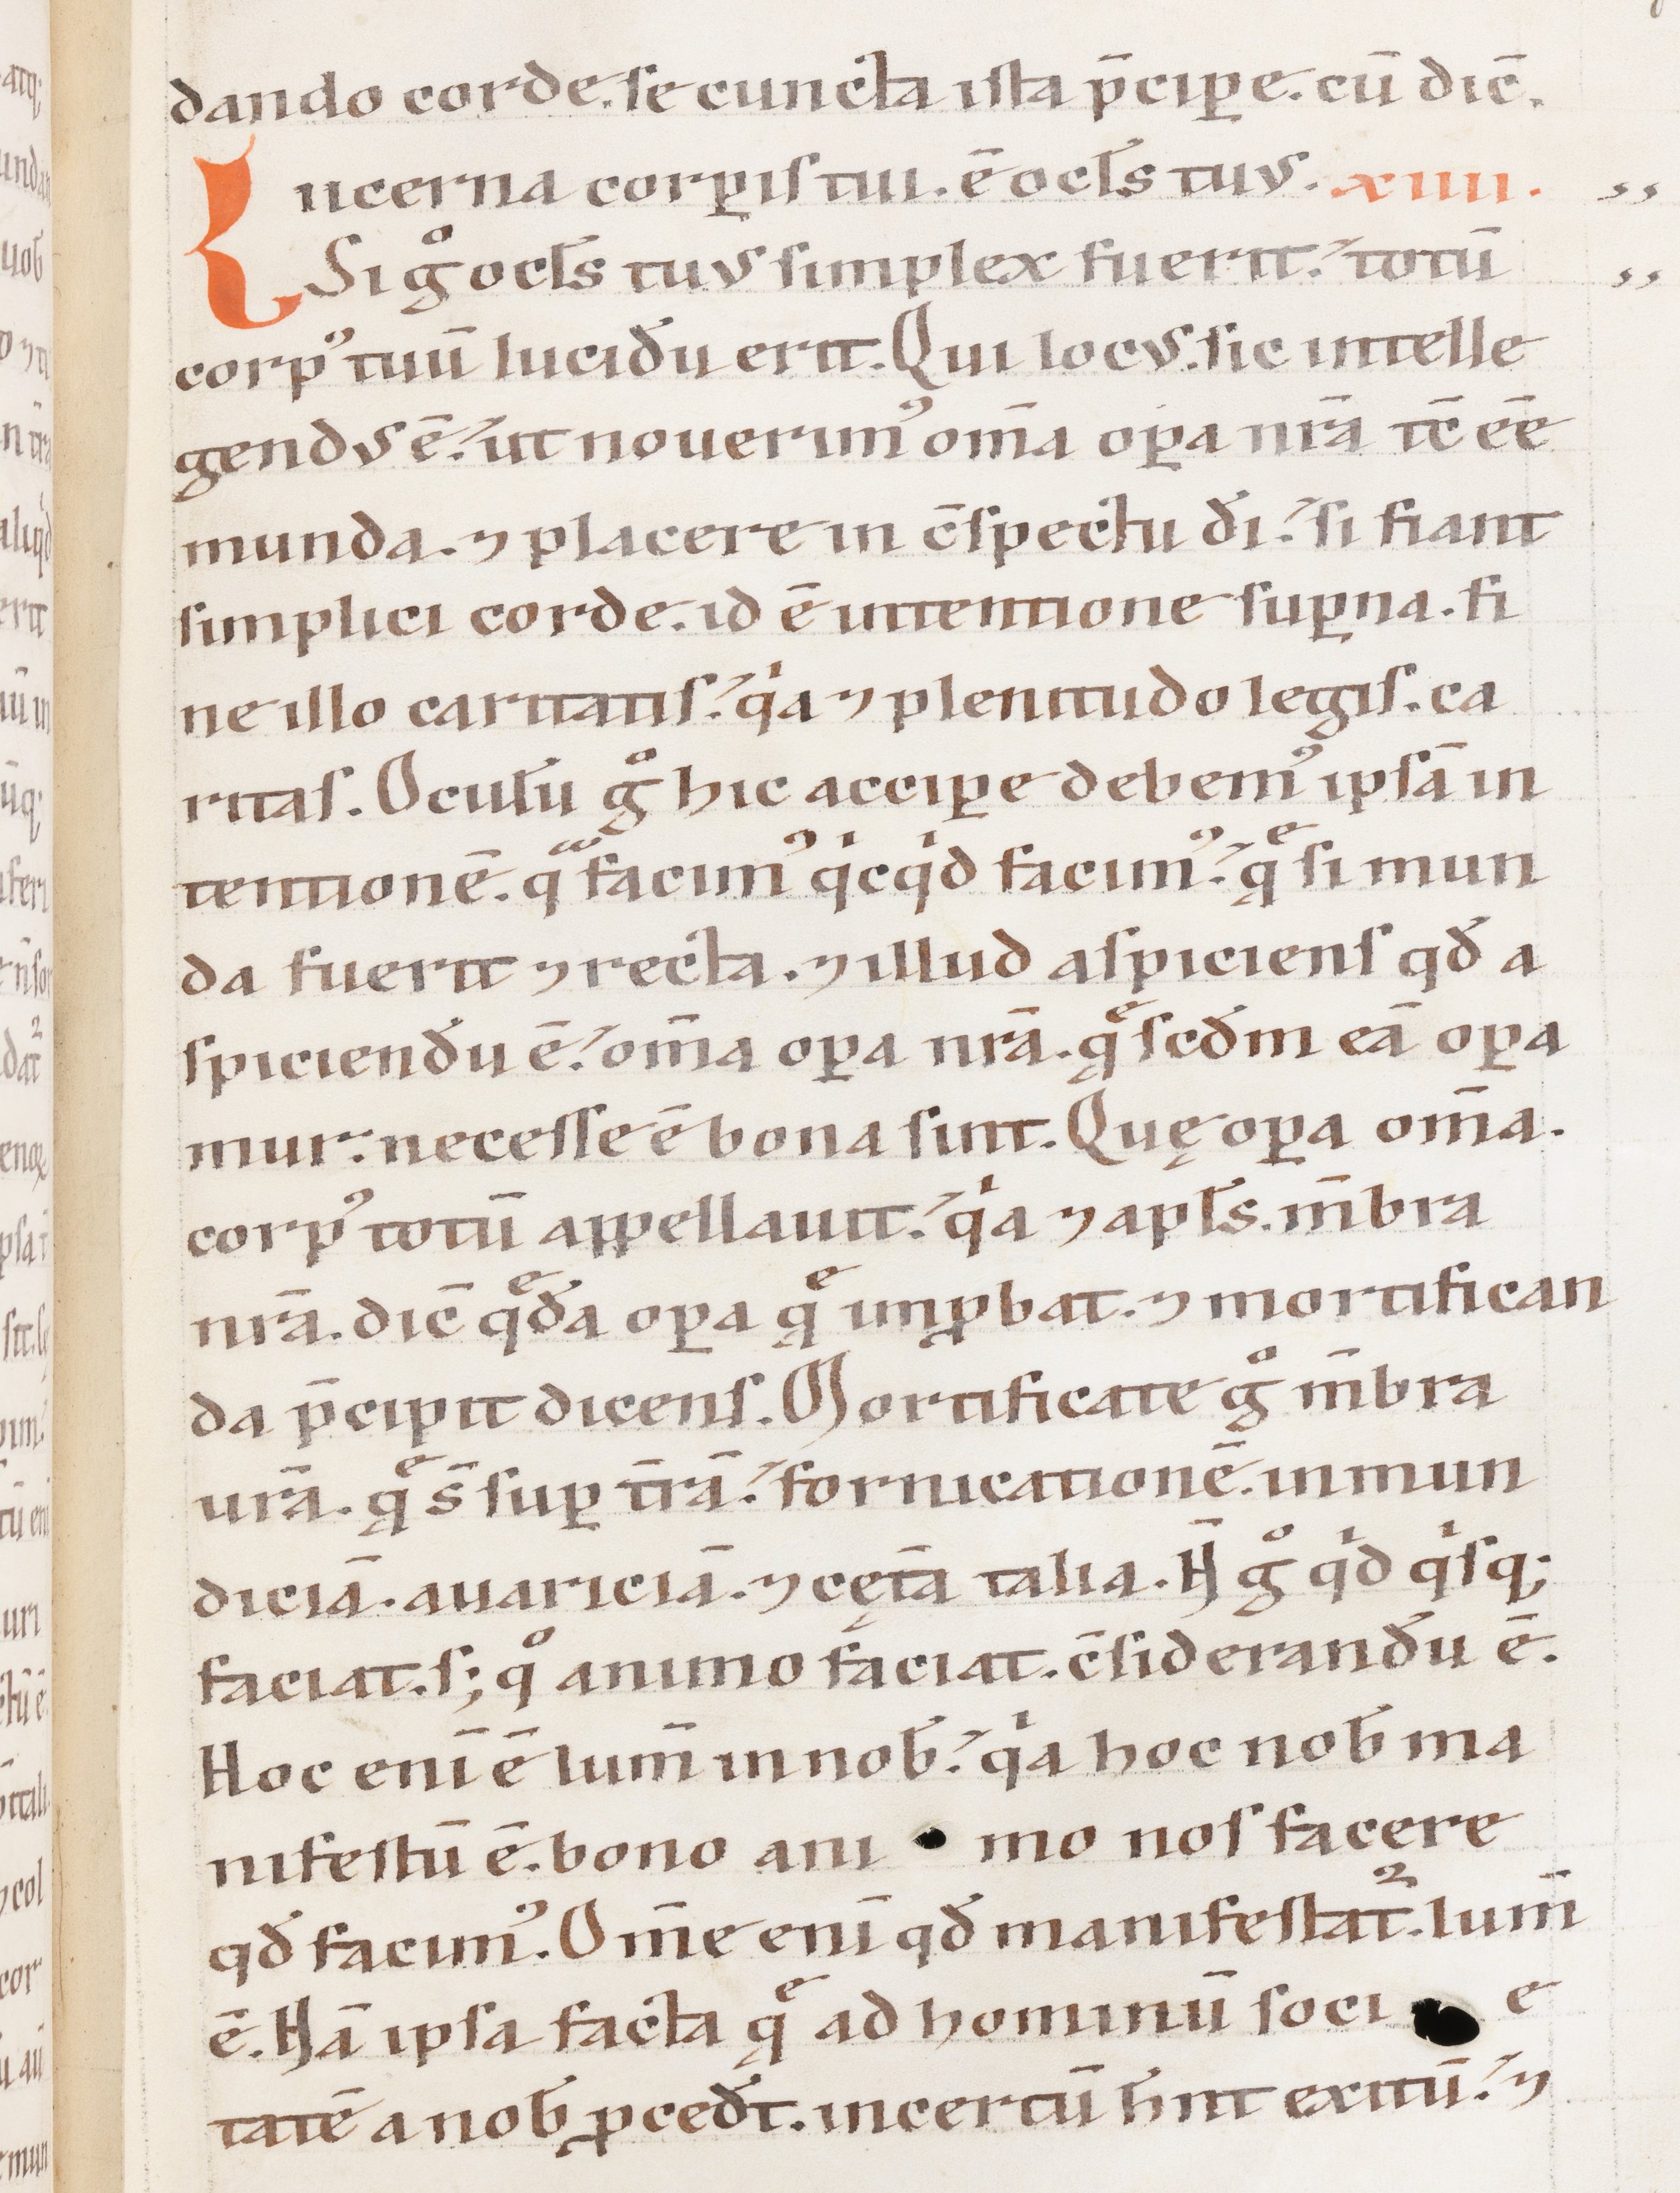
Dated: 1100–1199